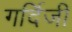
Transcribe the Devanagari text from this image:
गर्दिजी